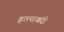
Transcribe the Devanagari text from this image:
हत्त्याबंदी